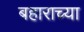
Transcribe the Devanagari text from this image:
बहाराच्या